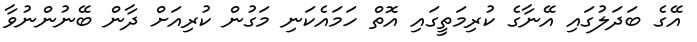
އޭގެ ބަދަލުގައި އޭނާގެ ކުރިމަތީގައި އޮތް ހަމައެކަނި މަގުން ކުރިއަށް ދާން ބޭނުންނުވާ